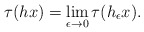
\begin{align*}\tau(hx) = \lim_{\epsilon\to 0} \tau(h_\epsilon x).\end{align*}